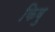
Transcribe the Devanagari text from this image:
किवु